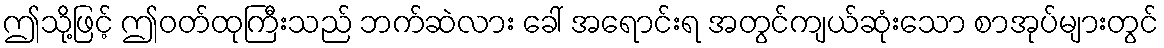
ဤသို့ဖြင့် ဤဝတ်ထုကြီးသည် ဘက်ဆဲလား ခေါ် အရောင်းရ အတွင်ကျယ်ဆုံးသော စာအုပ်များတွင်